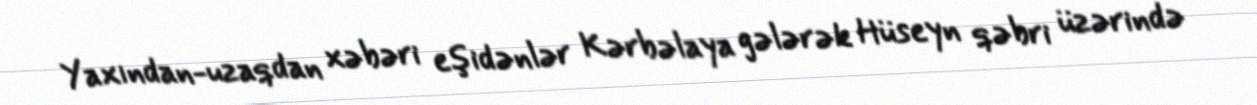
Yaxından-uzaqdan xəbəri eşidənlər Kərbəlaya gələrək Hüseyn qəbri üzərində